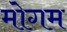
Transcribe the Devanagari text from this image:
मोगम